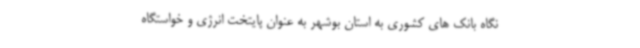
نگاه بانک های کشوری به استان بوشهر به عنوان پایتخت انرژی و خواستگاه